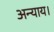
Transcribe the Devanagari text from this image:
अन्याय।